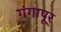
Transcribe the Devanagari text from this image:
गंगापूर्